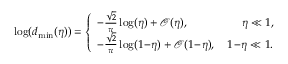
\begin{array} { r } { \log ( d _ { \mathrm { m i n } } ( \eta ) ) = \left\{ \begin{array} { l l } { - \frac { \sqrt { 2 } } { \pi } \log ( \eta ) + \mathcal { O } ( \eta ) , } & { \quad \: \: \eta \ll 1 , } \\ { - \frac { \sqrt { 2 } } { \pi } \log ( 1 \! - \! \eta ) + \mathcal { O } ( 1 \! - \! \eta ) , } & { \, 1 \! - \! \eta \ll 1 . } \end{array} \right. } \end{array}